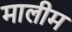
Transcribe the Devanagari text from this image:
मालीम